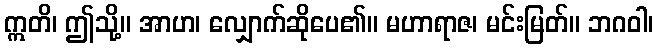
ဣတိ၊ ဤသို့။ အာဟ၊ လျှောက်ဆိုပေ၏။ မဟာရာဇ၊ မင်းမြတ်။ ဘဂဝါ၊